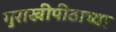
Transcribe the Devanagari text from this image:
गुराखीपीठाच्या